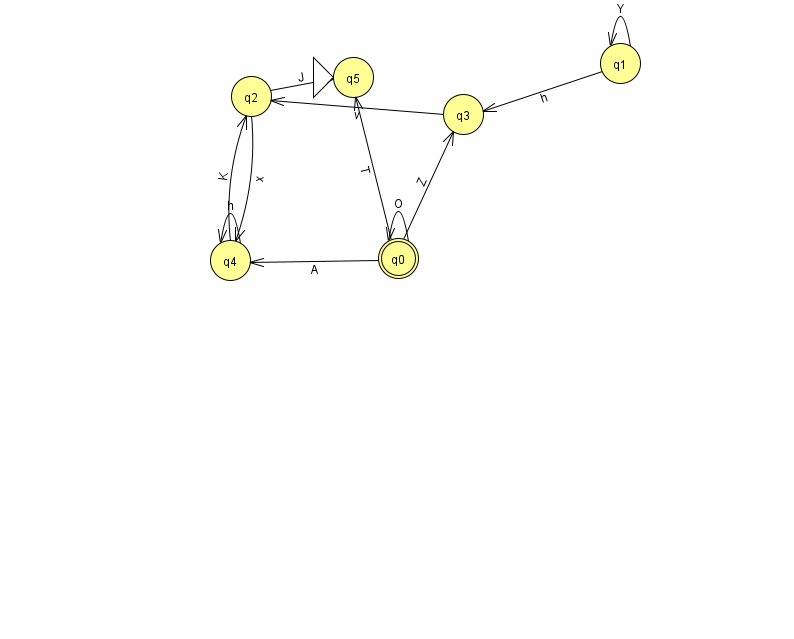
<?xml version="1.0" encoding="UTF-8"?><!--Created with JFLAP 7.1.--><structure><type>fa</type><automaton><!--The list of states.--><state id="0" name="q0"><x>398.0</x><y>245.0</y><final/></state><state id="1" name="q1"><x>620.0</x><y>50.0</y></state><state id="2" name="q2"><x>251.0</x><y>83.0</y></state><state id="3" name="q3"><x>463.0</x><y>101.0</y></state><state id="4" name="q4"><x>230.0</x><y>247.0</y></state><state id="5" name="q5"><x>353.0</x><y>64.0</y><initial/></state><!--The list of transitions.--><transition><from>2</from><to>5</to><read>J</read></transition><transition><from>2</from><to>4</to><read>x</read></transition><transition><from>4</from><to>2</to><read>K</read></transition><transition><from>0</from><to>3</to><read>Z</read></transition><transition><from>0</from><to>5</to><read>T</read></transition><transition><from>4</from><to>4</to><read>h</read></transition><transition><from>0</from><to>4</to><read>A</read></transition><transition><from>1</from><to>1</to><read>Y</read></transition><transition><from>1</from><to>3</to><read>h</read></transition><transition><from>3</from><to>2</to><read>v</read></transition><transition><from>0</from><to>0</to><read>O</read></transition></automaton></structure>